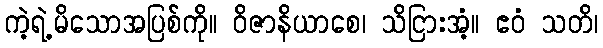
ကဲ့ရဲ့မိသောအပြစ်ကို။ ဝိဇာနိယာစေ၊ သိငြားအံ့။ ဧဝံ သတိ၊